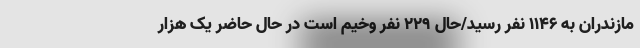
مازندران به 1146 نفر رسید/حال 229 نفر وخیم است در حال حاضر یک هزار